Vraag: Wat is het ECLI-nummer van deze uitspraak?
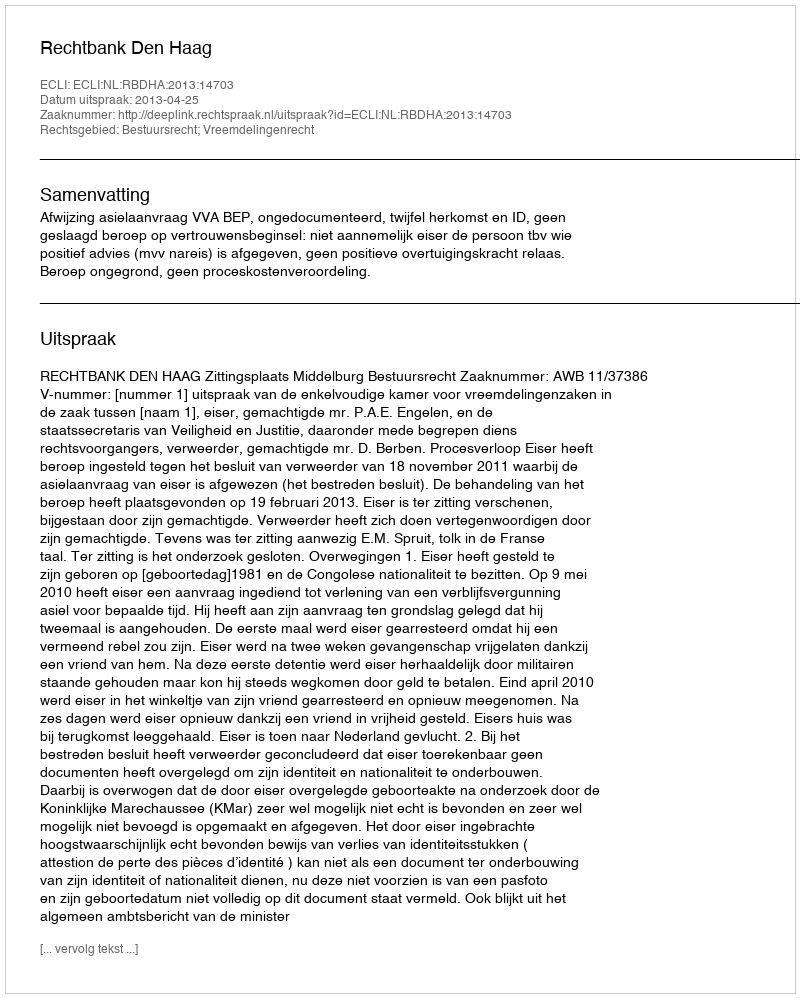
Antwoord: ECLI:NL:RBDHA:2013:14703